Indian journal of veterinary science and animal husbandry - Volume 1,
Year: 1931
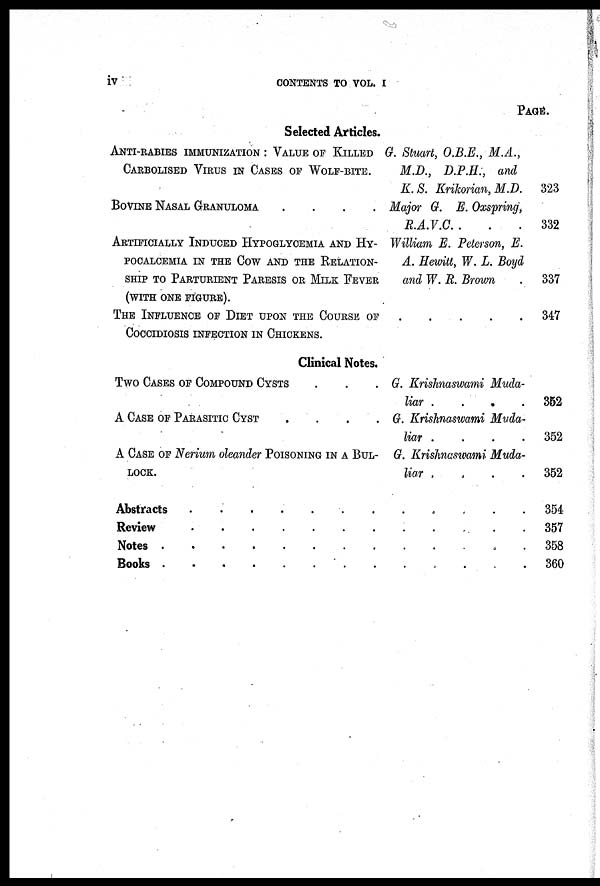
iv
CONTENTS TO VOL. I
Selected Articles.
ANTI-RABIES IMMUNIZATION : VALUE OF KILLED
CARBOLISED VIRUS IN CASES OF WOLF-BITE.
BOVINE NASAL GRANULOMA ....
ARTIFICIALLY INDUCED HYPOGLYCEMIA AND HY-
POCALCEMIA IN THE COW AND THE RELATION-
SHIP TO PARTURIENT PARESIS OR MILK FEVER
(WITH ONE FIGURE).
THE INFLUENCE OF DIET UPON THE COURSE OF
COCCIDIOSIS INFECTION IN CHICKENS.
Clinical Notes.
TWO CASES OF COMPOUND CYSTS
A CASE OF PARASITIC CYST ....
A CASE OF Nerium oleander POISONING IN A BUL-
LOCK.
Review
PAGE.
G. Stuart, O.B.E., M.A.,
M.D., D.P.H., and
K. S. Krikorian, M.J).
Major G. E. Oxspring,
R.A.V.C. .
William E. Peterson, E.
A. Hewitt, W. L. Boyd
and W. R. Brown
....
G. Krishnaswami Muda-
liar
....
G. Krishnaswami Muda-
liar
....
G. Krishnaswami Muda-
liar .
.
323
332
337
347
352
352
352
354
357
358
360